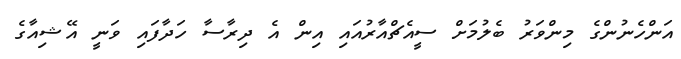
އަންހެނުންގެ މިންވަރު ބެލުމަށް ސީއެޗްއާރުއައި އިން އެ ދިރާސާ ހަދާފައި ވަނީ އޭޝިއާގެ